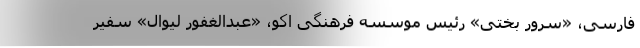
فارسی، «سرور بختی» رئیس موسسه فرهنگی اکو، «عبدالغفور لیوال» سفیر